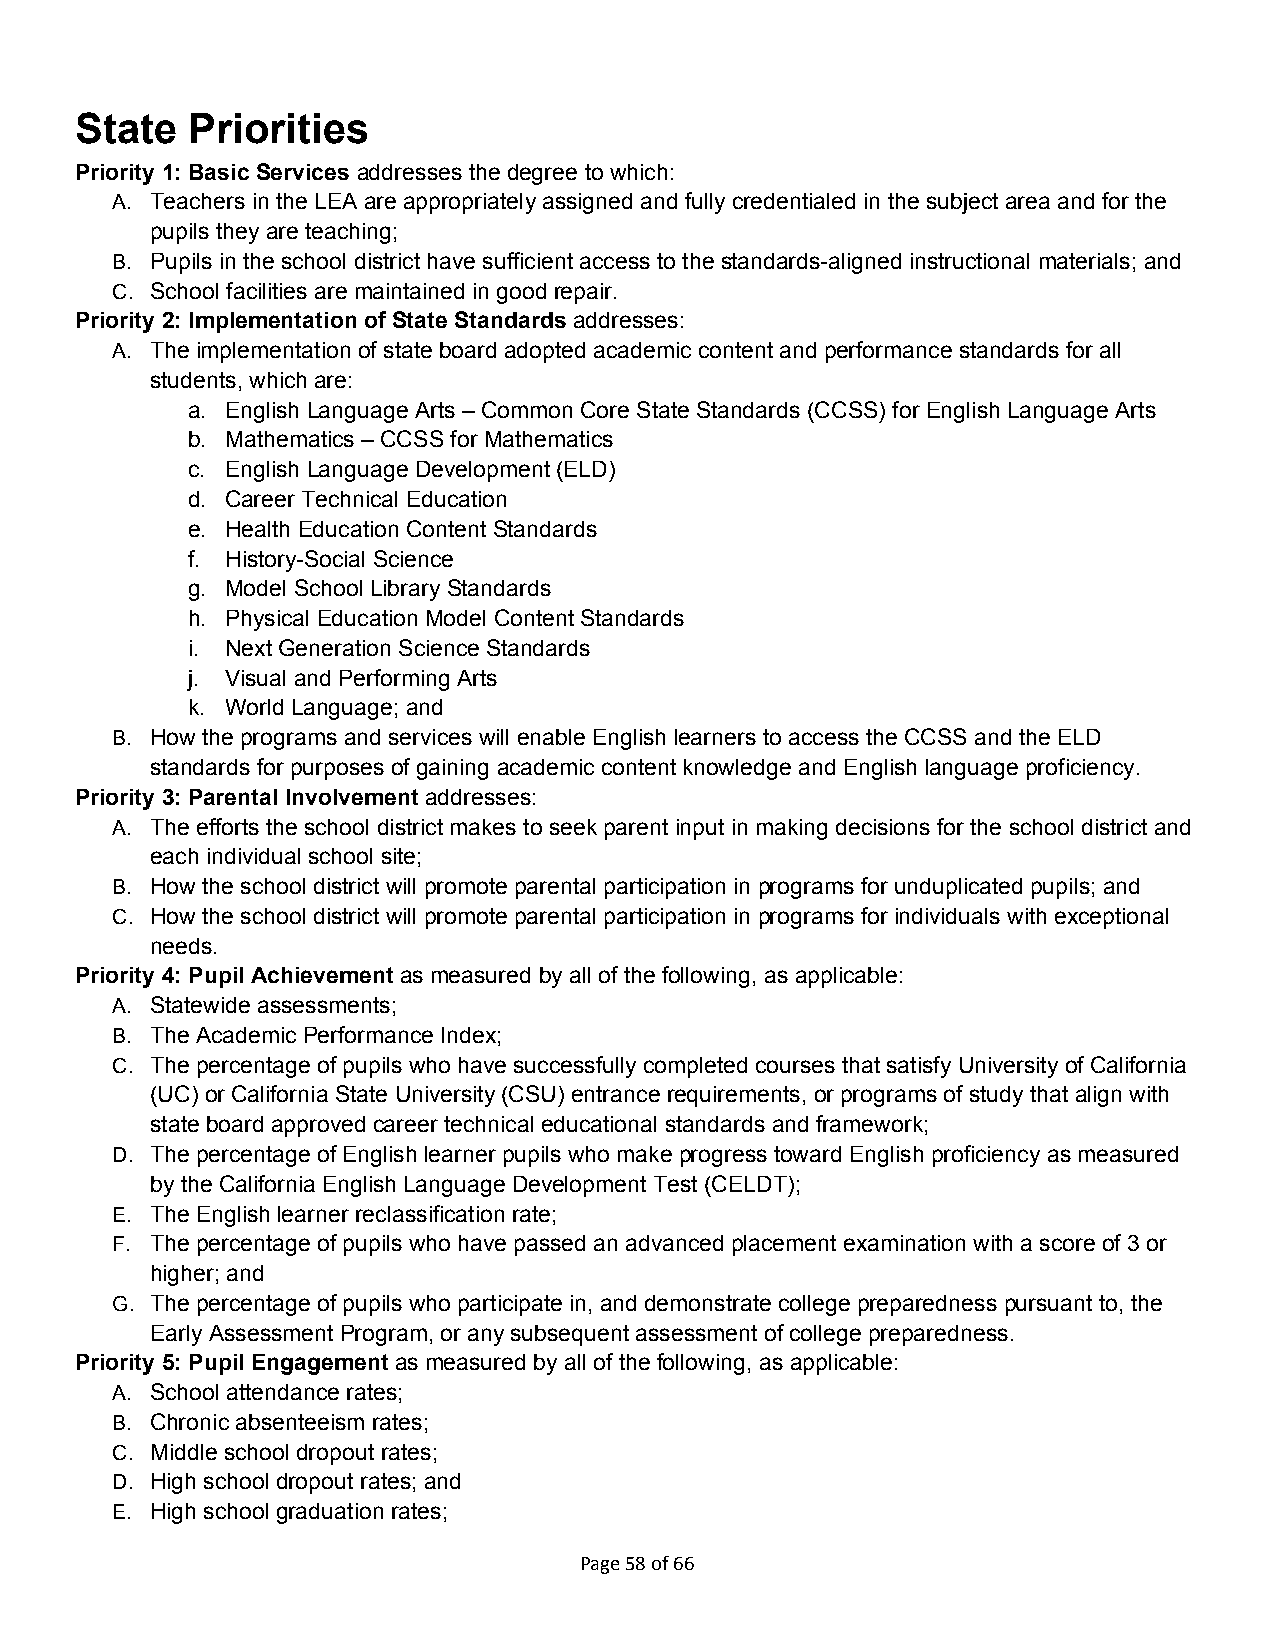
State  Priorities
 Priority 1: Basic Services addresses the degree to which:
 A. Teachers in the LEA are appropriately assigned and fully credentialed in the subject area and for the
 pupils they are teaching;
 B. Pupils in the school district have sufficient access to the standards-aligned instructional materials; and
 C. School facilities are maintained in good repair.
 Priority 2: Implementation of State Standards addresses:
 A. The implementation of state board adopted academic content and performance standards for all
 students, which are:
 a. English Language Arts – Common Core State Standards (CCSS) for English Language Arts
 b. Mathematics – CCSS for Mathematics
 c. English Language Development (ELD)
 d. Career Technical Education
 e. Health Education Content Standards
 f. History-Social Science
 g. Model School Library Standards
 h. Physical Education Model Content Standards
 i. Next Generation Science Standards
 j. Visual and Performing Arts
 k. World Language; and
 B. How the programs and services will enable English learners to access the CCSS and the ELD
 standards for purposes of gaining academic content knowledge and English language proficiency.
 Priority 3: Parental Involvement addresses:
 A. The efforts the school district makes to seek parent input in making decisions for the school district and
 each individual school site;
 B. How the school district will promote parental participation in programs for unduplicated pupils; and
 C. How the school district will promote parental participation in programs for individuals with exceptional
 needs.
 Priority 4: Pupil Achievement as measured by all of the following, as applicable:
 A. Statewide assessments;
 B. The Academic Performance Index;
 C. The percentage of pupils who have successfully completed courses that satisfy University of California
 (UC) or California State University (CSU) entrance requirements, or programs of study that align with
 state board approved career technical educational standards and framework;
 D. The percentage of English learner pupils who make progress toward English proficiency as measured
 by the California English Language Development Test (CELDT);
 E. The English learner reclassification rate;
 F. The percentage of pupils who have passed an advanced placement examination with a score of 3 or
 higher; and
 G. The percentage of pupils who participate in, and demonstrate college preparedness pursuant to, the
 Early Assessment Program, or any subsequent assessment of college preparedness.
 Priority 5: Pupil Engagement as measured by all of the following, as applicable:
 A. School attendance rates;
 B. Chronic absenteeism rates;
 C. Middle school dropout rates;
 D. High school dropout rates; and
 E. High school graduation rates;
 Page 58 of 66